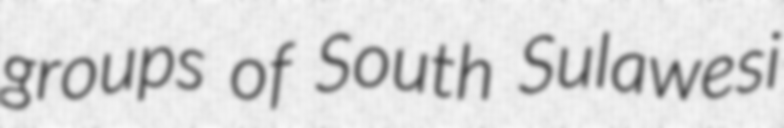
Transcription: groups of South Sulawesi